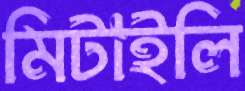
মিটাইলি